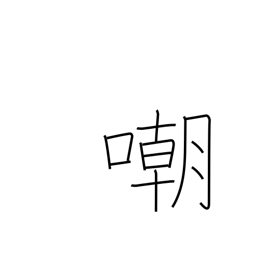
Meaning: insult